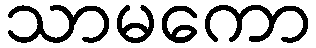
သာမကော